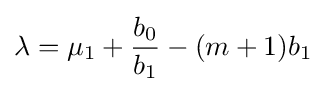
\lambda =\mu _{1}+{\frac {b_{0}}{b_{1}}}-(m+1)b_{1}